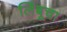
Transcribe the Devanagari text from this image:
लिंबूचा